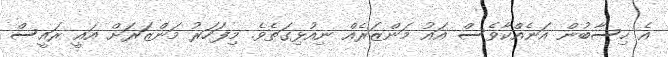
އެ ހިސާބުން އަނެއްކާވެސް އައު މަންޒަރެއް ނިއުޅިގަތެވެ. މިފަހަރު މަންޒަރަށް އައީ ރައީސް